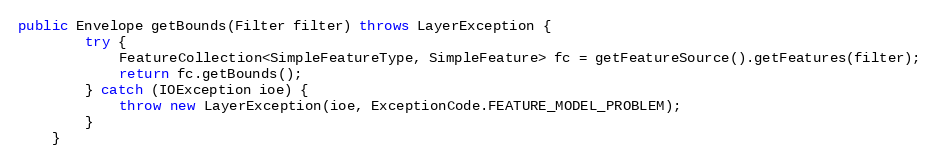
Language: Java
public Envelope getBounds(Filter filter) throws LayerException {
		try {
			FeatureCollection<SimpleFeatureType, SimpleFeature> fc = getFeatureSource().getFeatures(filter);
			return fc.getBounds();
		} catch (IOException ioe) {
			throw new LayerException(ioe, ExceptionCode.FEATURE_MODEL_PROBLEM);
		}
	}